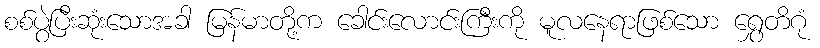
စစ်ပွဲပြီးဆုံးသောအခါ မြန်မာတို့က ခေါင်းလောင်းကြီးကို မူလနေရာဖြစ်သော ရွှေတိဂုံ